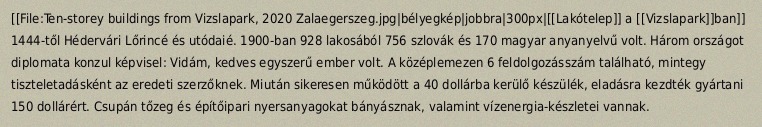
[[File:Ten-storey buildings from Vizslapark, 2020 Zalaegerszeg.jpg|bélyegkép|jobbra|300px|[[Lakótelep]] a [[Vizslapark]]ban]] 1444-től Hédervári Lőrincé és utódaié. 1900-ban 928 lakosából 756 szlovák és 170 magyar anyanyelvű volt. Három országot diplomata konzul képvisel: Vidám, kedves egyszerű ember volt. A középlemezen 6 feldolgozásszám található, mintegy tiszteletadásként az eredeti szerzőknek. Miután sikeresen működött a 40 dollárba kerülő készülék, eladásra kezdték gyártani 150 dollárért. Csupán tőzeg és építőipari nyersanyagokat bányásznak, valamint vízenergia-készletei vannak.